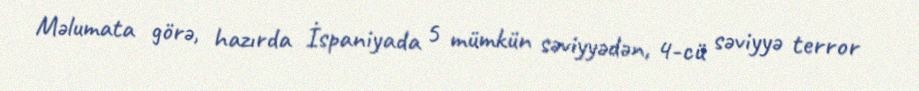
Məlumata görə, hazırda İspaniyada 5 mümkün səviyyədən, 4-cü səviyyə terror